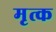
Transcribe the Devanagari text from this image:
मृत्क